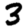
Digit: 3